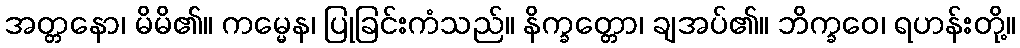
အတ္တနော၊ မိမိ၏။ ကမ္မေန၊ ပြုခြင်းကံသည်။ နိက္ခတ္တော၊ ချအပ်၏။ ဘိက္ခဝေ၊ ရဟန်းတို့။